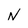
Character: N